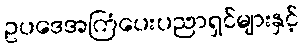
ဥပဒေအကြံပေးပညာရှင်များနှင့်